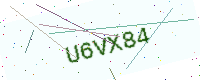
Text: U6VX84